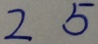
2 5